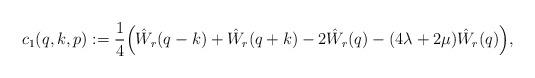
LaTeX: \begin{align*}c_1(q,k,p) := \frac{1}{4}\Big(\hat W_r(q-k)+ \hat W_r(q+k) - 2\hat W_r(q) - (4\lambda+2\mu) \hat W_r(q)\Big),\end{align*}